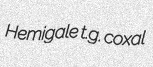
Hemigale t.g. coxal